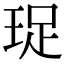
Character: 珿